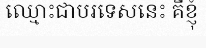
ឈ្មោះជាបរទេសនេះ គឺខ្ញុំ